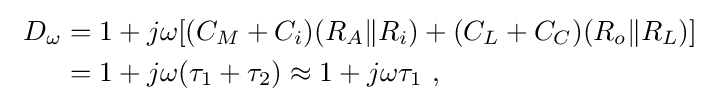
{\begin{aligned}\ D_{\omega }&=1+j\omega [(C_{M}+C_{i})(R_{A}\|R_{i})+(C_{L}+C_{C})(R_{o}\|R_{L})]\\&=1+j\omega (\tau _{1}+\tau _{2})\approx 1+j\omega \tau _{1}\ ,\ \\\end{aligned}}